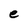
Character: e